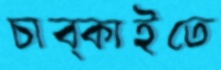
চাব্‌কাইতে